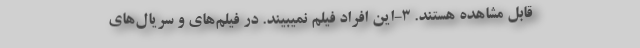
قابل مشاهده هستند. 3-این افراد فیلم نمیبیند. در فیلم‌های و سریال‌های